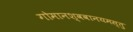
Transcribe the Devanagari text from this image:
गोमानश्ववानयमस्तु